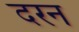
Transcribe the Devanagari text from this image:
दरन